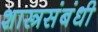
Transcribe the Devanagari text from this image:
शास्त्रसंबंधी